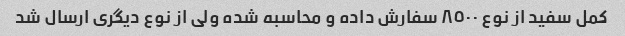
کمل سفید از نوع ٨٥٠٠ سفارش داده و محاسبه شده ولى از نوع دیگرى ارسال شد